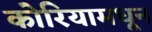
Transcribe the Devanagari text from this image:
कोरियामधून